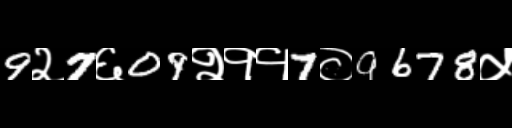
Text: 9२7६09२११7०9678५